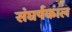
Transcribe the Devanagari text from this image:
संघर्षकाल